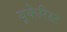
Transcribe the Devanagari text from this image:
यूकेरिस्ट